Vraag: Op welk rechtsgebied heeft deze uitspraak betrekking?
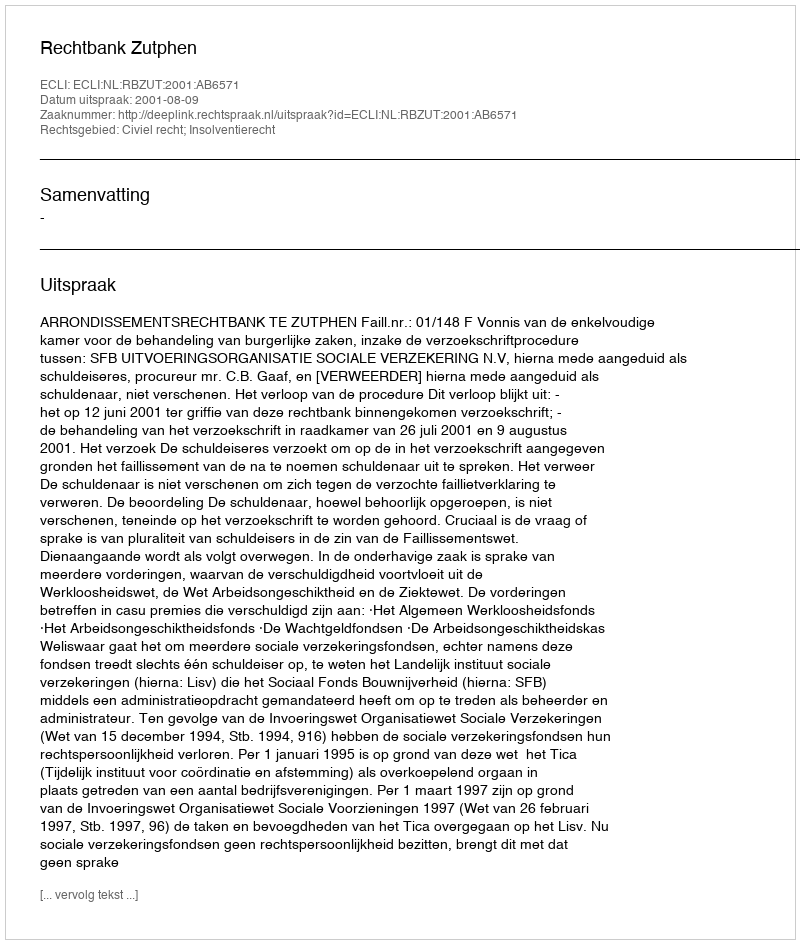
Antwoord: Civiel recht; Insolventierecht